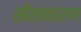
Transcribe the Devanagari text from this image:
सीतापहरण